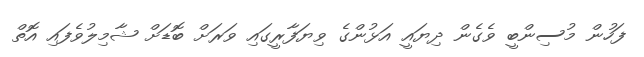
ފަހުން މުސިންބީ ވެގެން ދިޔައީ އަޅުންގެ ވިޔަފާރީގައި ވަރަށް ބޮޑަށް ޝާމިލުވެފައި އޮތް